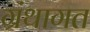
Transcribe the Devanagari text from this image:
ग्रंथागत